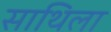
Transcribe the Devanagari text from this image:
साथिला